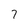
Character: 7